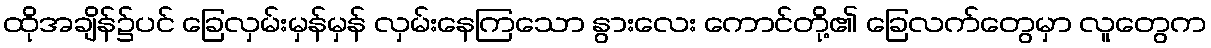
ထိုအချိန်၌ပင် ခြေလှမ်းမှန်မှန် လှမ်းနေကြသော နွားလေး ကောင်တို့၏ ခြေလက်တွေမှာ လူတွေက